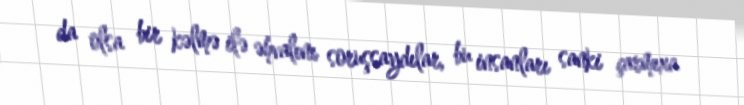
da olsa bir kəlmə ilə əhvalını soruşsaydılar, bu insanları sanki çarmıxa